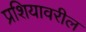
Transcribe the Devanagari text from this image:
प्रशियावरील